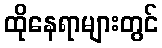
ထိုနေရာများတွင်